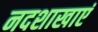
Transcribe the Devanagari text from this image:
नदशाखाएं